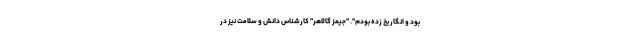
بود و انگار یخ زده بودم". "جیمز گالاهر" کارشناس دانش و سلامت نیز در